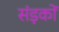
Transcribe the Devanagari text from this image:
संड़कों